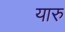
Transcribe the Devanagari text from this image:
यारु